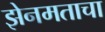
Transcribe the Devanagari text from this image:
झेनमताचा